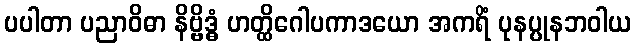
ပပါတာ ပညာဝိဓာ နိဗ္ဗိဒ္ဓံ ဟတ္ထိဂေါပကာဒယော အကရိံ ပုနပ္ပုနဘဝါယ